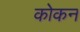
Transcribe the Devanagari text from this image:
कोकन